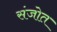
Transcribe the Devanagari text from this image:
संजोत